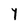
Character: Y